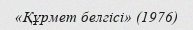
«Құрмет белгісі» (1976)